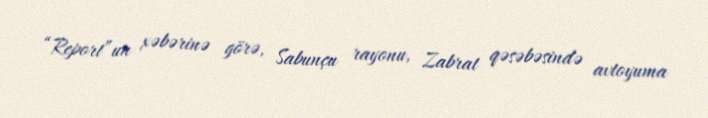
“Report”un xəbərinə görə, Sabunçu rayonu, Zabrat qəsəbəsində avtoyuma